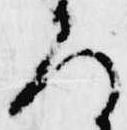
ろ